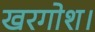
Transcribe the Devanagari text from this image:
खरगोश।